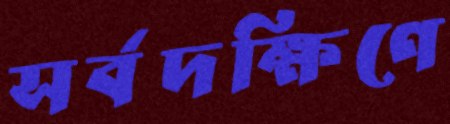
সর্বদক্ষিণে